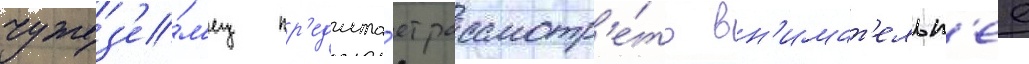
чужез'е́м'ец пр'едлага́ет рассмотр'е́ть вн'имат'ельн'ее